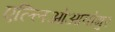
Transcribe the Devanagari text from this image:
एल्लिओआवोगुर